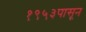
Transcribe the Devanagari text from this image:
१९५३पासून